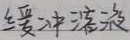
给缓冲区设限